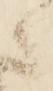
之